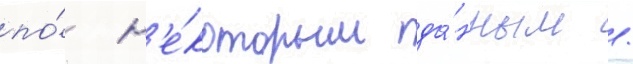
по́ н'е́которым да́нным /